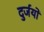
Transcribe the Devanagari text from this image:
दुर्जयो